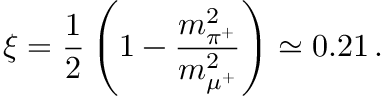
\xi = \frac { 1 } { 2 } \left( 1 - \frac { m _ { \pi ^ { + } } ^ { 2 } } { m _ { \mu ^ { + } } ^ { 2 } } \right) \simeq 0 . 2 1 \, .